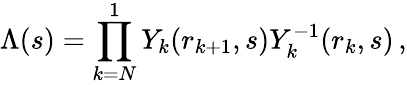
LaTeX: \Lambda(s)=\prod_{k=N}^{1}Y_{k}(r_{k+1},s)Y_{k}^{-1}(r_{k},s)\, ,